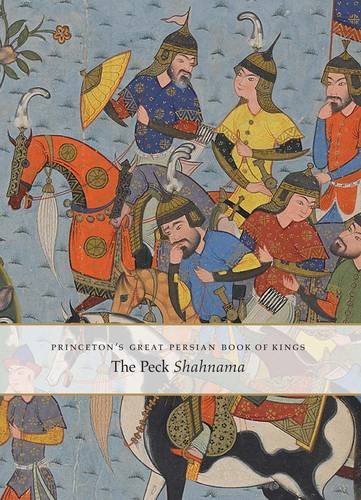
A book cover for Princeton's Great Persian Book of Kings: The Peck Shahnama; Marianna Shreve Simpson; Arts & Photography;